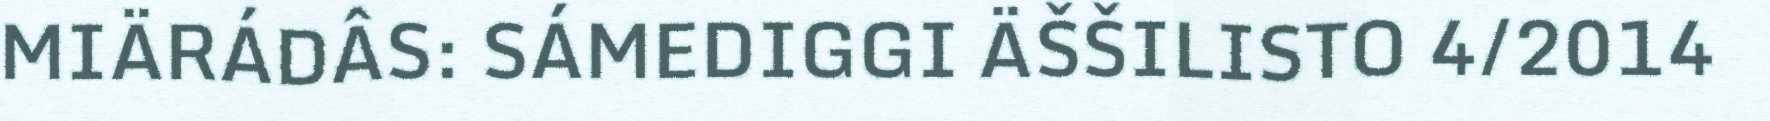
MIÄRÁDÂS: SÁMEDIGGI ÄŠŠILISTO 4/2014